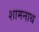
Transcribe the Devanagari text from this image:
शामनाथ